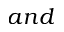
a n d